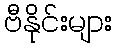
ဗီနိုင်းများ